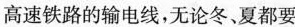
高速铁路的输电线，无论冬、夏都要